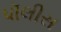
પૉલીસ